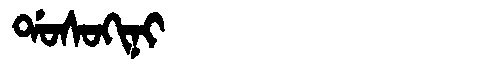
Manchu: ᡩᠣᠰᠣᡴᡳᠨᡳ
Romanization: DOSOKINI